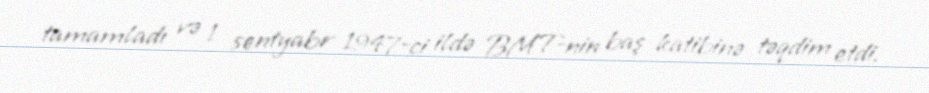
tamamladı və 1 sentyabr 1947-ci ildə BMT-nin baş katibinə təqdim etdi.